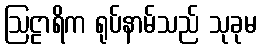
ဩဠာရိက ရုပ်နာမ်သည် သုခုမ